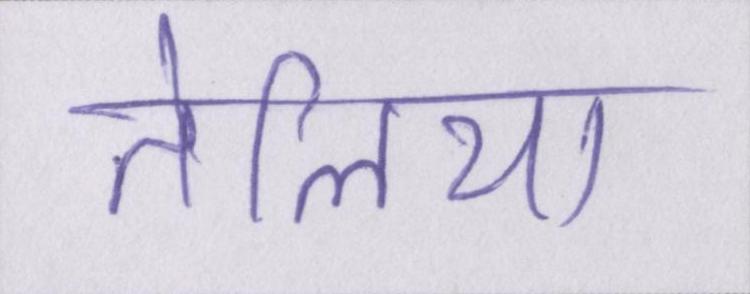
तेलिया